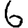
Digit: 6